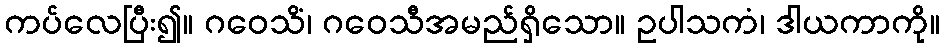
ကပ်လေပြီး၍။ ဂဝေသိံ၊ ဂဝေသီအမည်ရှိသော။ ဥပါသကံ၊ ဒါယကာကို။